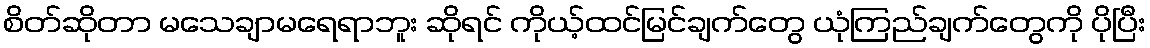
စိတ်ဆိုတာ မသေချာမရေရာဘူး ဆိုရင် ကိုယ့်ထင်မြင်ချက်တွေ ယုံကြည်ချက်တွေကို ပိုပြီး